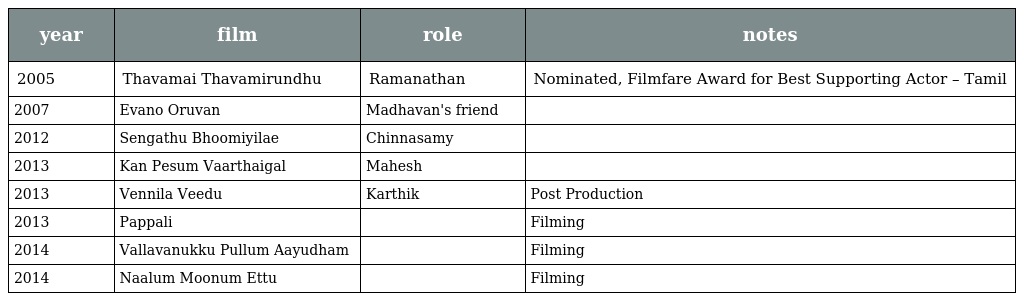
| year | film | role | notes |
 | --- | --- | --- | --- |
 | 2005 | Thavamai Thavamirundhu | Ramanathan | Nominated, Filmfare Award for Best Supporting Actor – Tamil |
 | 2007 | Evano Oruvan | Madhavan's friend |  |
 | 2012 | Sengathu Bhoomiyilae | Chinnasamy |  |
 | 2013 | Kan Pesum Vaarthaigal | Mahesh |  |
 | 2013 | Vennila Veedu | Karthik | Post Production |
 | 2013 | Pappali |  | Filming |
 | 2014 | Vallavanukku Pullum Aayudham |  | Filming |
 | 2014 | Naalum Moonum Ettu |  | Filming |